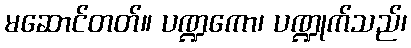
မဆောင်တတ်။ ပဏ္ဍကော၊ ပဏ္ဍုက်သည်၊